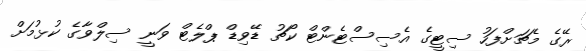
ރޭގެ މެޗަށްފަހު ސިޓީގެ އެސިސްޓެންޓް ކޯޗު ޑޭވިޑް ޕްލެޓް ވަނީ ސިލްވާގެ ކުޅުމަށް